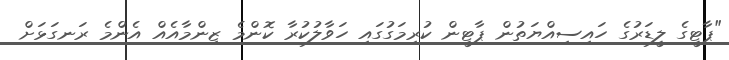
"ޕާޓީގެ ލީޑަރުގެ ހައިސިއްޔަތުން ޕާޓީން ކުރިމަގުގައި ހަވާލުކުރާ ކޮންމެ ޒިންމާއެއް އެންމެ ރަނގަޅަށް